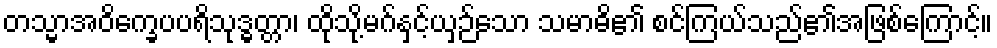
တသ္မာအဝိက္ခေပပရိသုဒ္ဓတ္တာ၊ ထိုသို့မဂ်နှင့်ယှဉ်သော သမာဓိ၏ စင်ကြယ်သည်၏အဖြစ်ကြောင့်။